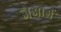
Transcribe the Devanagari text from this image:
जेओर्ग